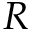
R